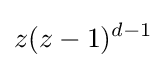
z(z-1)^{d-1}